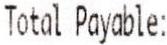
TOTAL PAYABLE: